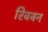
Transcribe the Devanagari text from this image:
रिबबन